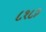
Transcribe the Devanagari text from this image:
८१८२